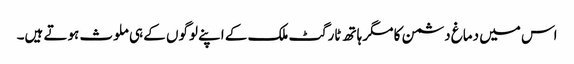
اس میں دماغ دشمن کا مگر ہاتھ ٹارگٹ ملک کے اپنے لوگوں کے ہی ملوث ہوتے ہیں۔